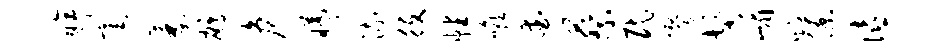
眸毫萎鹧危曦流役幡喉爱蔡民缪髻嵋则僚僖